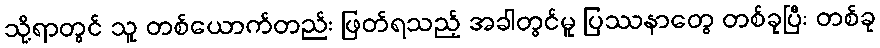
သို့ရာတွင် သူ တစ်ယောက်တည်း ဖြတ်ရသည့် အခါတွင်မူ ပြဿနာတွေ တစ်ခုပြီး တစ်ခု